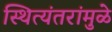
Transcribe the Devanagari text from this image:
स्थित्यंतरांमुळे